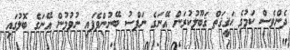
ދެންވެސް ކަމުގެ ޙަޤީޤަތް ޤަބޫލުކުރަން އޭނަގެ ނަފްސު ބޭނުންވެފައި ނުވުމުން އޭނަގެ ބޮލުގައި